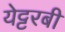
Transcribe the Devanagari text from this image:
येट्टरबी